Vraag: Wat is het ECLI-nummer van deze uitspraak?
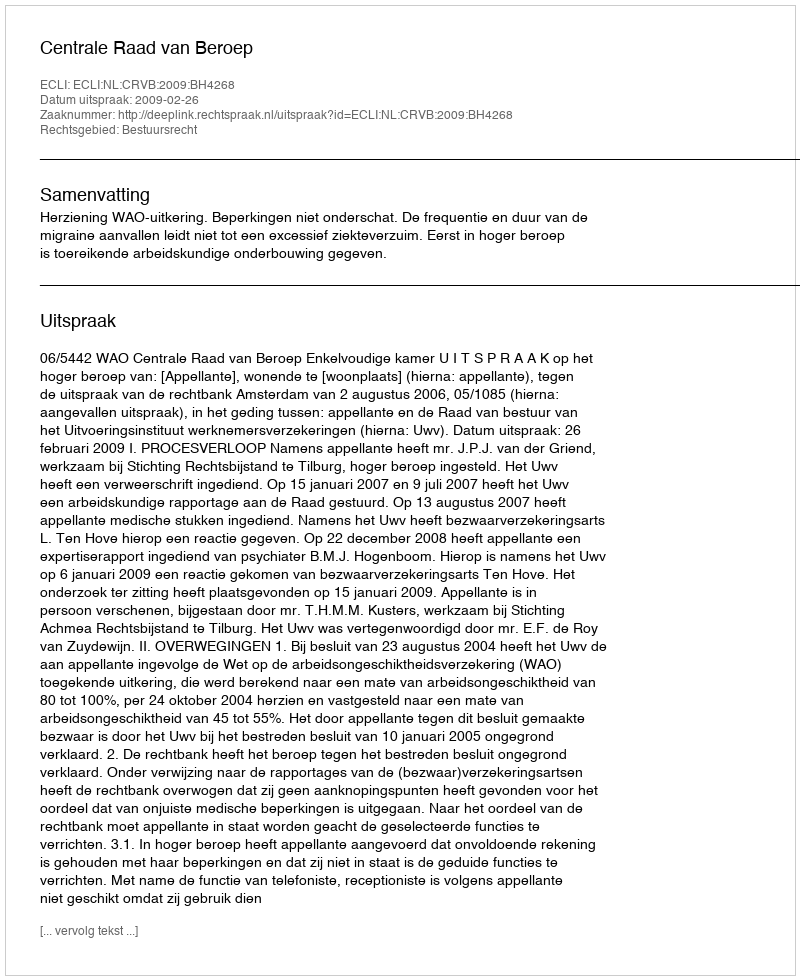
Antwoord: ECLI:NL:CRVB:2009:BH4268